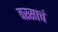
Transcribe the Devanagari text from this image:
वरसाचं